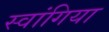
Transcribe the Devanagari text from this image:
स्वांगिया